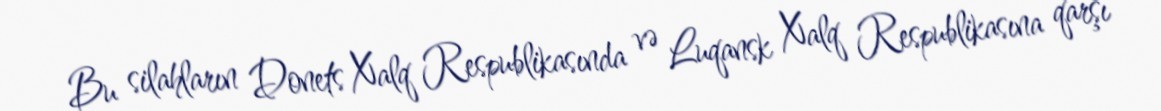
Bu silahların Donets Xalq Respublikasında və Luqansk Xalq Respublikasına qarşı